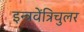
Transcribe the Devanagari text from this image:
इन्त्रवेंत्रिचुलर